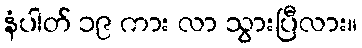
နံပါတ် ၁၉ ကား လာ သွားပြီလား။